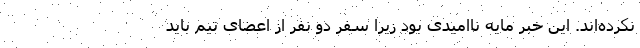
نکرده‌اند. این خبر مایه ناامیدی بود زیرا سفر دو نفر از اعضای تیم باید